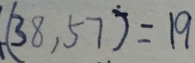
( 3 8 , 5 7 ) = 1 9